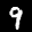
Label: 9